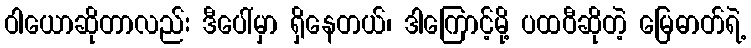
ဝါယောဆိုတာလည်း ဒီပေါ်မှာ ရှိနေတယ်၊ ဒါကြောင့်မို့ ပထဝီဆိုတဲ့ မြေဓာတ်ရဲ့